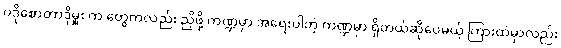
ပဒိုစောတာဒိုမှူး က တွေကလည်း ညှိဖို့ ကဏ္ဍမှာ အရေးပါတဲ့ ကဏ္ဍမှာ ရှိတယ်ဆိုပေမယ့် ကြားထဲမှာလည်း